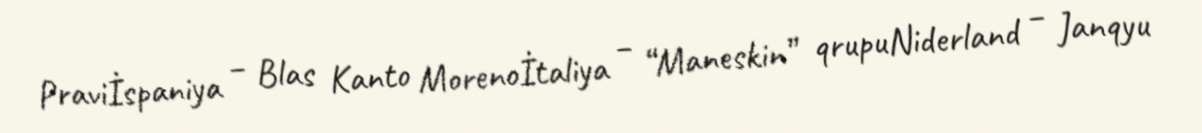
Praviİspaniya – Blas Kanto Morenoİtaliya – “Maneskin” qrupuNiderland – Janqyu